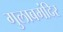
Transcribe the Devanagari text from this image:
गुलाबमंदिर